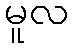
မူလ